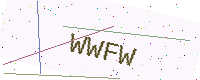
Text: WWFW